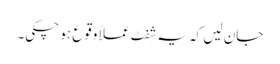
جان لیں کہ یہ شِفٹ عملاً وقوع ہو چکی۔